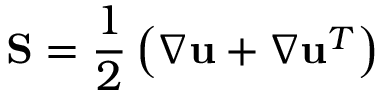
\mathbf { S } = \frac { 1 } { 2 } \left( \nabla \mathbf { u } + \nabla \mathbf { u } ^ { T } \right)